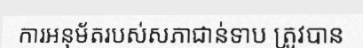
ការអនុម័តរបស់សភាជាន់ទាប ត្រូវបាន